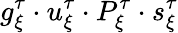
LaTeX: g_{\xi}^{\tau}\cdot u_{\xi}^{\tau}\cdot P_{\xi}^{\tau}\cdot s_{\xi}^{\tau}